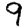
Digit: 9